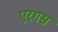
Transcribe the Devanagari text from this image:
एरगस